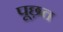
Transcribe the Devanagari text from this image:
पूछ़त